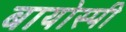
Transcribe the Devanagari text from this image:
बायोस्पी